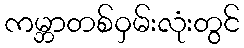
ကမ္ဘာတစ်ဝှမ်းလုံးတွင်